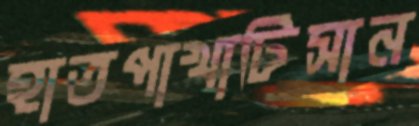
হাতপাখাটিসান